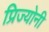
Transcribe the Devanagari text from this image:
प्रिज्योनी